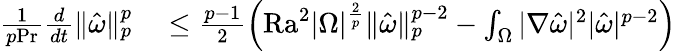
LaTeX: \begin{array}{rl}{\frac{1}{p\mathrm{{Pr}}}\frac{d}{dt}\| \hat{\omega}\| _{p}^{p}}&{{}\leq\frac{p-1}{2}\left(\mathrm{{Ra}}^{2}|\Omega|^{\frac{2}{p}}\| \hat{\omega}\| _{p}^{p-2}-\int_{\Omega}|\nabla\hat{\omega}|^{2}|\hat{\omega}|^{p-2}\right)}\end{array}